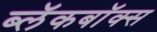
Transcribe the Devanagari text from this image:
ब्‍लॅकबॉक्स